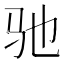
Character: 驰